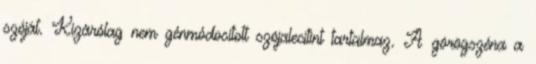
szóját. Kizárólag nem génmódosított szójalecitint tartalmaz. A görögszéna a